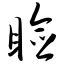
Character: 睑